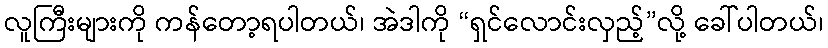
လူကြီးများကို ကန်တော့ရပါတယ်၊ အဲဒါကို “ရှင်လောင်းလှည့်”လို့ ခေါ်ပါတယ်၊